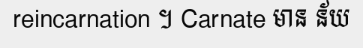
reincarnation ។ Carnate មាន ន័យ